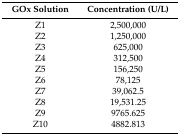
<table><thead><tr><td><b>GOx Solution</b></td><td><b>Concentration (U/L)</b></td></tr></thead><tbody><tr><td>Z1</td><td>2,500,000</td></tr><tr><td>Z2</td><td>1,250,000</td></tr><tr><td>Z3</td><td>625,000</td></tr><tr><td>Z4</td><td>312,500</td></tr><tr><td>Z5</td><td>156,250</td></tr><tr><td>Z6</td><td>78,125</td></tr><tr><td>Z7</td><td>39,062.5</td></tr><tr><td>Z8</td><td>19,531.25</td></tr><tr><td>Z9</td><td>9765.625</td></tr><tr><td>Z10</td><td>4882.813</td></tr></tbody></table>